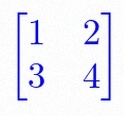
\begin{bmatrix}1&2\\3&4\end{bmatrix}